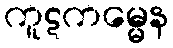
ကူဋကမ္မေန